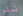
شكرا